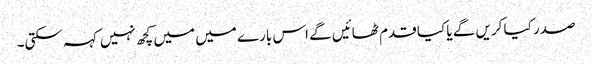
صدر کیا کریں گے یا کیا قدم ٹھائیں گے اس بارے میں میں کچھ نہیں کہہ سکتی۔